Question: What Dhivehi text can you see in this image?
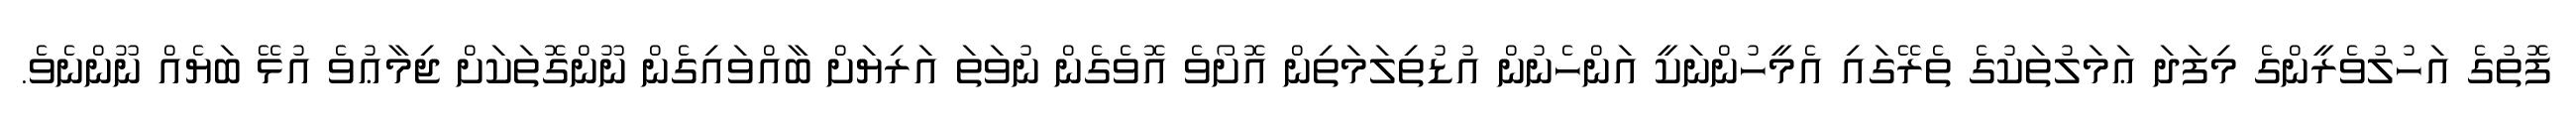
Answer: ފޮތުގެ އަހުލުވެރީންގެ މިފަދަ ޢަމަލުތަކުގެ ތެރޭގައި އެމީހުންނަކީ އަންހެނުން އުޑުތިލަމަތިން އޮށޯވެ އޮވެގެން ނުވަތަ އަރިޔަށް ބާއްވައިގެން ނޫންގޮތަކަށް ޖިމާޢުވެ އުޅޭ ބަޔެއް ނޫންނެވެ.